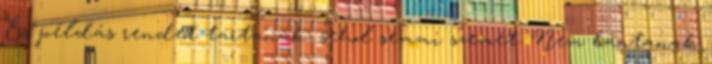
És példás rendet tartanak, sehol semmi szemét. Nem bántanak